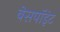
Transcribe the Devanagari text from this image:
बेसपॉइंट